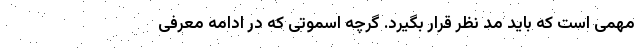
مهمی است که باید مد نظر قرار بگیرد. گرچه اسموتی که در ادامه معرفی